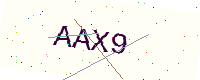
Text: AAX9